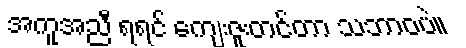
အကူအညီ ရရင် ကျေးဇူးတင်တာ သဘာဝပဲ။